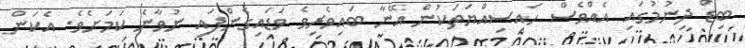
ބިޑް ދިނުމުގައި އެއްވެސް ހައިސިއްޔަަތަކުން އޭނާ ބައިވެރިވެ ވަޑައިގެންފައި ނުވާނެ ކަމަށެވެ. އެކަން